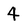
Character: 4